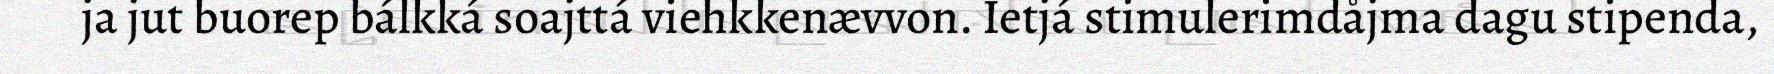
ja jut buorep bálkká soajttá viehkkenævvon. Ietjá stimulerimdåjma dagu stipenda,